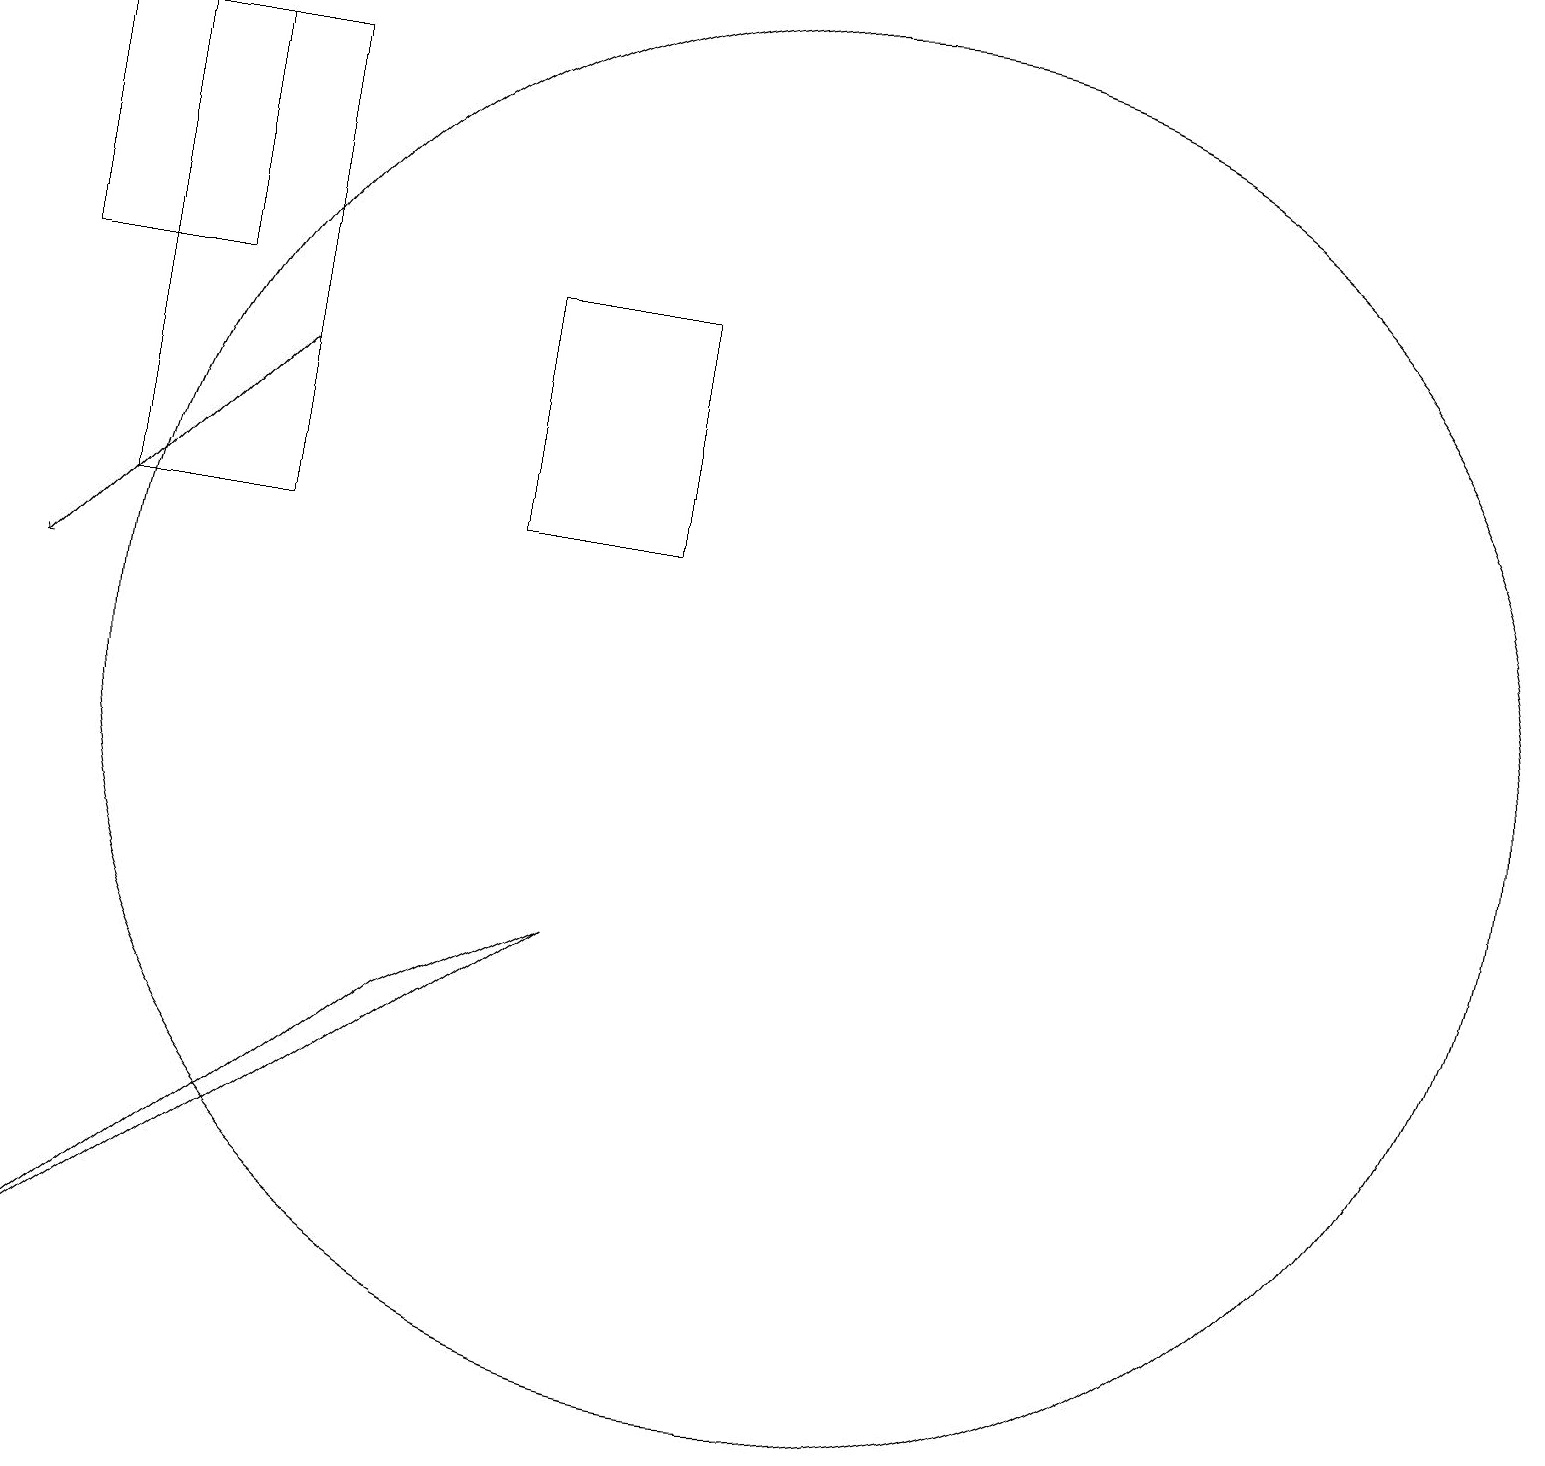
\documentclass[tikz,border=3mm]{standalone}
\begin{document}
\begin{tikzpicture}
\draw (10,10) circle (9);
\draw (2,18) rectangle (0,15);
\draw (3,12) rectangle (1,18);
\draw[->] (3,14) -- (0,11);
\draw (8,12) rectangle (6,15);
\draw (5,6) -- (0,2) -- (7,7) -- cycle;
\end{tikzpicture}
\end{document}